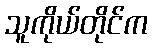
သူကိုယ်တိုင်က